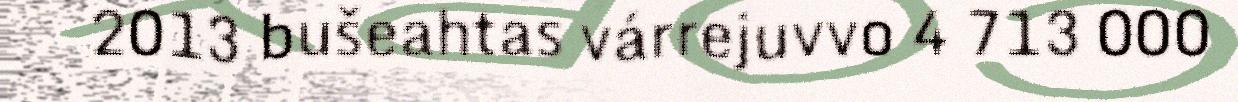
2013 bušeahtas várrejuvvo 4 713 000